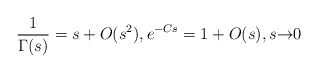
\begin{align*}\frac{1}{\Gamma(s)}=s+O(s^{2}),e^{-Cs}=1+O(s),s{\to}0\end{align*}